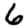
Digit: 6